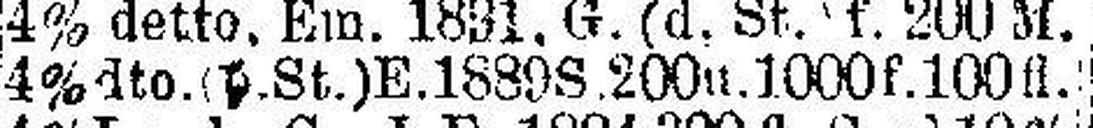
4% dto. (d. St.) E. 1889 S. 200 u. 1000 f. 100 fl.